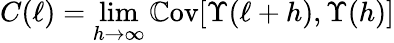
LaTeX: C(\ell)=\operatorname*{lim}_{h\to\infty}\mathbb{C}\mathrm{ov}[\Upsilon(\ell+h),\Upsilon(h)]